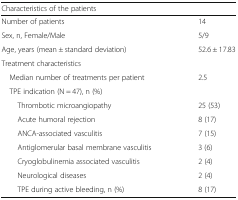
<table><thead><tr><td colspan="2"><b>Characteristics of the patients</b></td></tr></thead><tbody><tr><td>Number of patients</td><td>14</td></tr><tr><td>Sex, n, Female/Male</td><td>5/9</td></tr><tr><td>Age, years (mean ± standard deviation)</td><td>52.6 ± 17.83</td></tr><tr><td colspan="2">Treatment characteristics</td></tr><tr><td> Median number of treatments per patient</td><td>2.5</td></tr><tr><td> TPE indication (N = 47), n (%)</td><td></td></tr><tr><td>Thrombotic microangiopathy</td><td>25 (53)</td></tr><tr><td>Acute humoral rejection</td><td>8 (17)</td></tr><tr><td>ANCA-associated vasculitis</td><td>7 (15)</td></tr><tr><td>Antiglomerular basal membrane vasculitis</td><td>3 (6)</td></tr><tr><td>Cryoglobulinemia associated vasculitis</td><td>2 (4)</td></tr><tr><td>Neurological diseases</td><td>2 (4)</td></tr><tr><td>TPE during active bleeding, n (%)</td><td>8 (17)</td></tr></tbody></table>